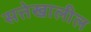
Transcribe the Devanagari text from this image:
सत्तेखालील